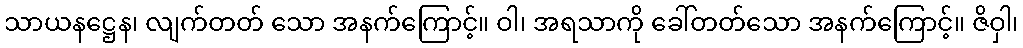
သာယနဋ္ဌေန၊ လျက်တတ် သော အနက်ကြောင့်။ ဝါ၊ အရသာကို ခေါ်တတ်သော အနက်ကြောင့်။ ဇိဝှါ၊